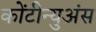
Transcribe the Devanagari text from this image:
कोंटीन्युअंस